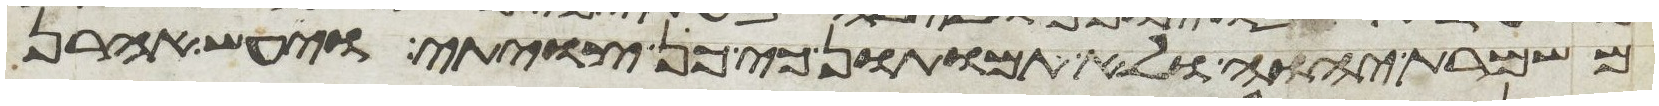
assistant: משמרת יהוה ולא תמותו כי כן צויתי ויעש אהרן